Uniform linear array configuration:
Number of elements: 4
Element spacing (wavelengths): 0.25
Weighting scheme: hamming
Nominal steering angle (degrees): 30
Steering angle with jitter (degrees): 29.919
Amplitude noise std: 0.05
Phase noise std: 0.05

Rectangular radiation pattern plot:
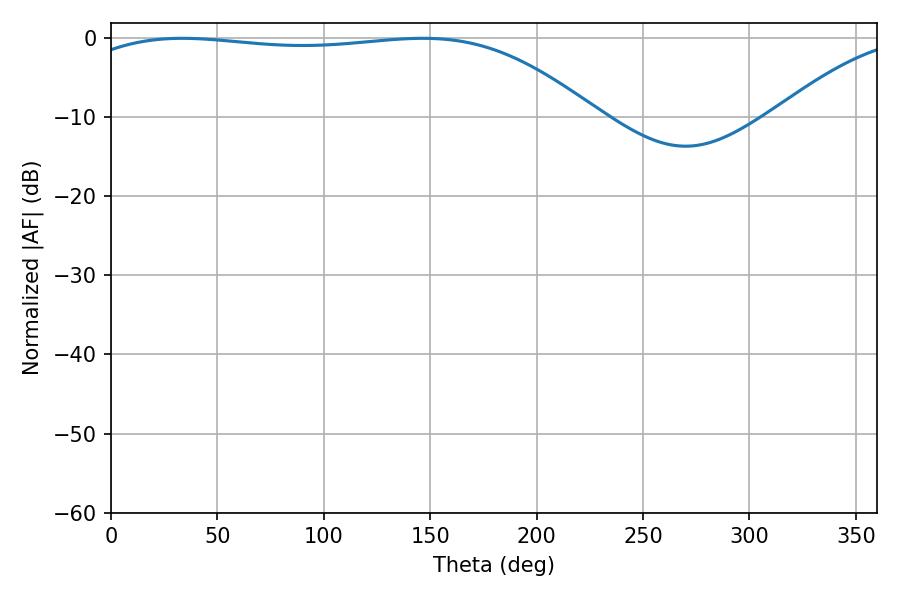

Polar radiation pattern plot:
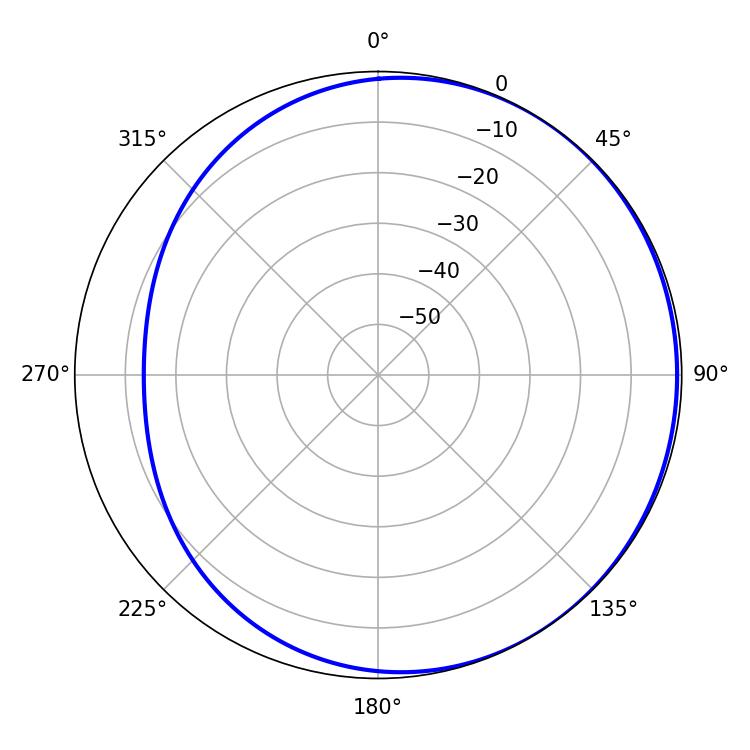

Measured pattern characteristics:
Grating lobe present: FALSE
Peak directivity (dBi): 1.194
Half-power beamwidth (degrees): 193.68
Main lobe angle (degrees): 33.48